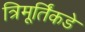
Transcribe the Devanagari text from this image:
त्रिमूर्तिंकडे